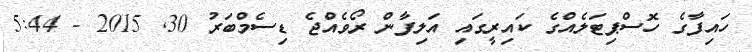
ހައިފާގެ ހޮސްޕިޓަލެއްގެ ކައިރީގައި އަލިފާން ރޯވެއްޖެ ޑިސެމްބަރު 30